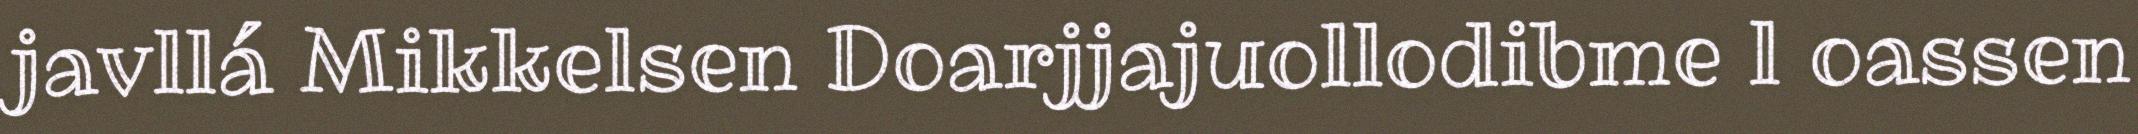
javllá Mikkelsen Doarjjajuollodibme l oassen